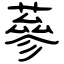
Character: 蔘